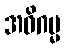
အဓိဂမ္မ